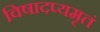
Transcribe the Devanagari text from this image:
विषादप्यमृतं